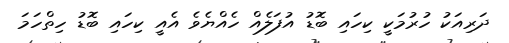
ދަރިއަކު ހުރުމަކީ ކިހައި ބޮޑު އުފަލެއް ހެއްޔެވެ އެއީ ކިހައި ބޮޑު ހިތްހަމަ